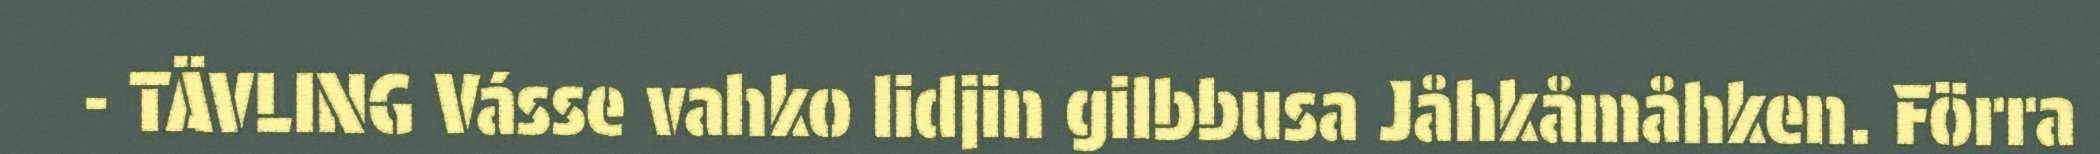
- TÄVLING Vásse vahko lidjin gilbbusa Jåhkåmåhken. Förra